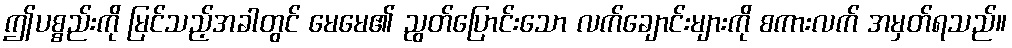
ဤပစ္စည်းကို မြင်သည့်အခါတွင် မေမေ၏ ညွတ်ပြောင်းသော လက်ချောင်းများကို စကားလက် အမှတ်ရသည်။